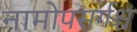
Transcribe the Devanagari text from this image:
नामोपसर्गश्च